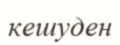
кешуден